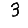
Digit: 3